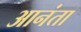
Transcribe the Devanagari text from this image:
आनंता